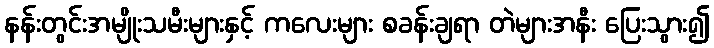
နန်းတွင်းအမျိုးသမီးများနှင့် ကလေးများ စခန်းချရာ တဲများအနီး ပြေးသွား၍